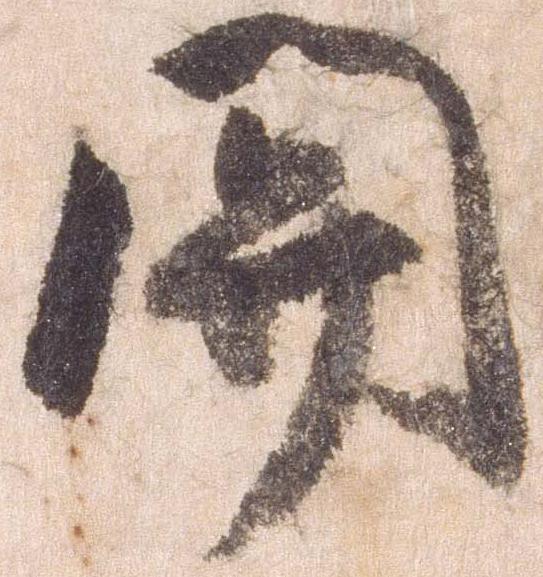
関